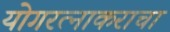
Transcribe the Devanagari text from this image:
योगरत्नाकराचा